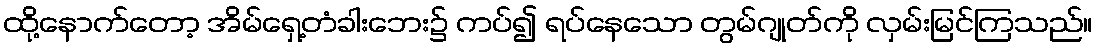
ထို့နောက်တော့ အိမ်ရှေ့တံခါးဘေး၌ ကပ်၍ ရပ်နေသော တွမ်ဂျုတ်ကို လှမ်းမြင်ကြသည်။